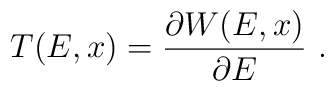
T(E,x)={\partial W(E,x)\over \partial E}\ .